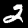
Label: 2